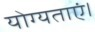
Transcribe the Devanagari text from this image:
योग्यताएं।